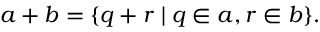
a + b = \{ q + r \mid q \in a , r \in b \} .